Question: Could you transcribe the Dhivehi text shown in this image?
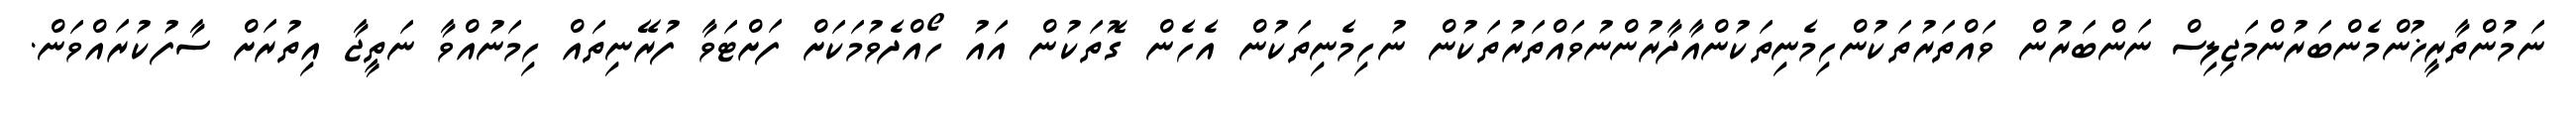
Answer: ނަމުންތާރީޚުންމެންބަރުންމަޖިލިސް ނަންބަރުން ވައްތަރުތަކުންހިމެނިތަކުންއާދާރުންނުވައްތަރުތަކުން ނުހިމެނިތަކުން އެހެން ގޮތަކުން އައު ހޯއްދެވުމަކަށް ފަށްޓަވާ ފުރޭނިތައް ހިމަނުއްވާ ނަތީޖާ އިތުރަށް ސާފުކުރައްވަން.